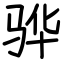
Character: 骅